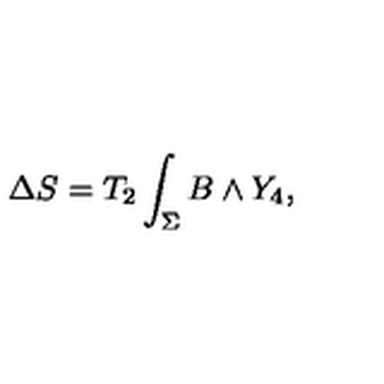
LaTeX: \Delta S = T _ { 2 } \int _ { \Sigma } B \wedge Y _ { 4 } ,